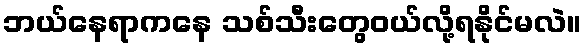
ဘယ်နေရာကနေ သစ်သီးတွေဝယ်လို့ရနိုင်မလဲ။